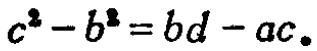
\(c^{2}-b^{2}=bd - ac。\)